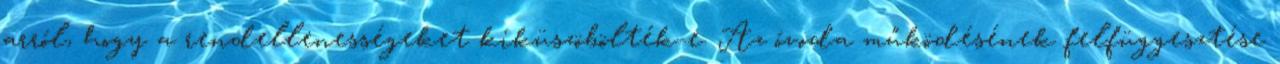
arról, hogy a rendellenességeket kiküszöbölték-e. Az óvoda működésének felfüggesztése